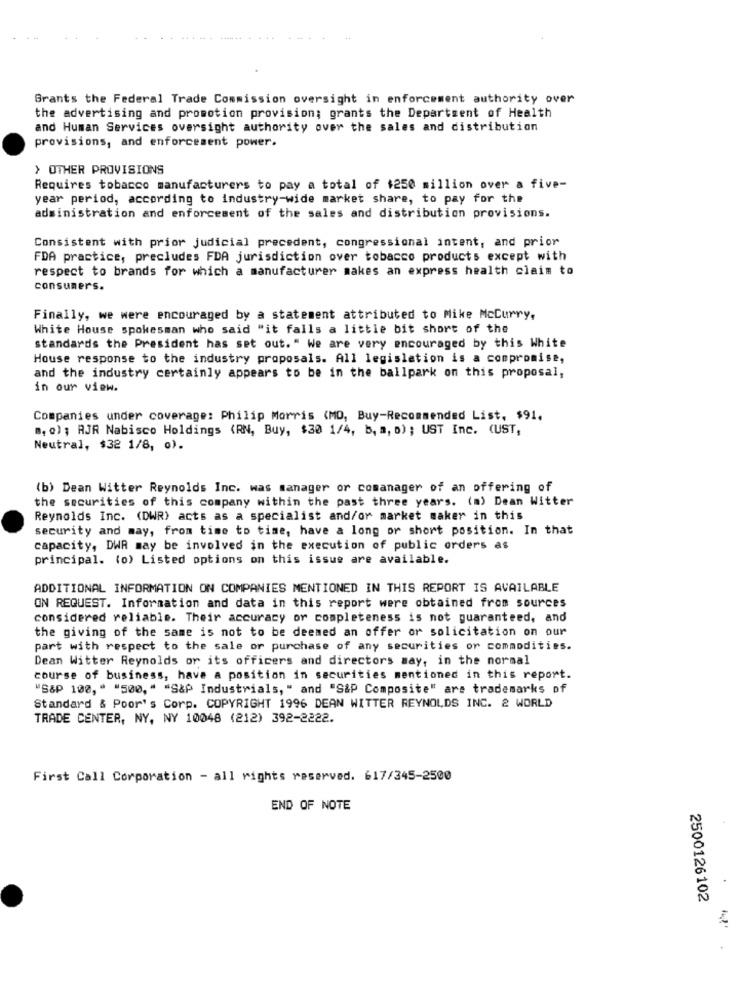
Grants the Federal Trade Commission oversight in enforcement authority over
the advertising and promotion provision; grants the Department of Health
and Human Services oversight authority over the sales and distribution
provisions, and enforcement power.
> OTHER PROVISIONS
Requires tobacco manufacturers to pay a total of $250 million over a five-
year period, according to industry-wide market share, to pay for the
administration and enforcement of the sales and distribution provisions.
Consistent with prior judicial precedent, congressional intent, and prior
FDA practice, precludes FDA jurisdiction over tobacco products except with
respect to brands for which a manufacturer makes an express health claim to
consumers.
Finally, we were encouraged by a statement attributed to Mike McCurry,
White House spokesman who said "it falls a little bit short of the
standards the President has set out." We are very encouraged by this White
House response to the industry proposals. All legislation is a compromise,
and the industry certainly appears to be in the ballpark on this proposal,
in our view.
Companies under coverage: Philip Morris (MO, Buy-Recommended List, $91.
", o) ; RJR Nabisco Holdings (RN, Buy, $30 1/4, b, a, o) ; UST Inc. (UST,
Neutral, $32 1/8, o).
(b) Dean Witter Reynolds Inc. was manager or comanager of an offering of
the securities of this company within the past three years. (m) Dean Witter
Reynolds Inc. (DWR) acts as a specialist and/or market maker in this
security and may, from time to time, have a long or short position. In that
capacity, DWR may be involved in the execution of public orders as
principal. (o) Listed options on this issue are available.
ADDITIONAL INFORMATION ON COMPANIES MENTIONED IN THIS REPORT IS AVAILABLE
ON REQUEST. Information and data in this report were obtained from sources
considered reliable. Their accuracy or completeness is not guaranteed, and
the giving of the same is not to be deemed an offer or solicitation on our
part with respect to the sale or purchase of any securities or commodities.
Dean Witter Reynolds or its officers and directors may, in the normal
course of business, have a position in securities mentioned in this report.
"S&P 100, " "500, " "S&P Industrials, " and "S&P Composite" are trademarks of
Standard & Poor's Corp. COPYRIGHT 1996 DEAN WITTER REYNOLDS INC. & WORLD
TRADE CENTER, NY, NY 10048 (212) 392-2222.
First Call Corporation - all rights reserved. 617/345-2500
END OF NOTE
2500126102